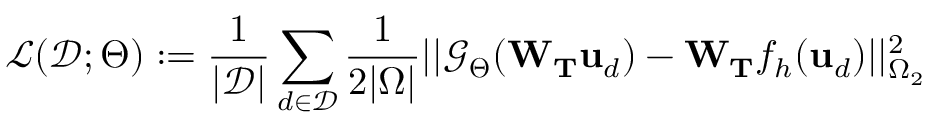
\mathcal { L } ( \mathcal { D } ; \boldsymbol { \Theta } ) : = \frac { 1 } { | \mathcal { D } | } \sum _ { d \in \mathcal { D } } \frac { 1 } { 2 | \Omega | } | | \mathcal { G } _ { \boldsymbol { \Theta } } ( \mathbf { W } _ { \mathbf { T } } \mathbf { u } _ { d } ) - \mathbf { W } _ { \mathbf { T } } f _ { h } ( \mathbf { u } _ { d } ) | | _ { \Omega _ { 2 } } ^ { 2 }